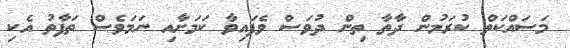
މަސައްކަތް ކުރަމުން ދާތާ ތިން ދުވަސް ވެފައިވާ ކަމަށާއި ނަމަވެސް ތަފާތު އެކި